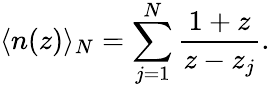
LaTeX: \langle n(z)\rangle_{N}=\sum_{j=1}^{N}\frac{1+z}{z-z_{j}}.